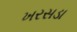
ખરસડા